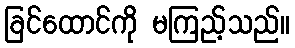
ခြင်ထောင်ကို မကြည့်သည်။